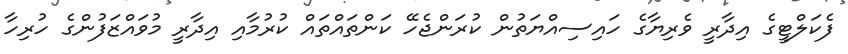
ފެކަލްޓީގެ އިދާރީ ވެރިޔާގެ ހައިސިއްޔަތުން ކުރަންޖެހޭ ކަންތައްތައް ކުރުމާއި އިދާރީ މުވައްޒަފުންގެ ހުރިހާ